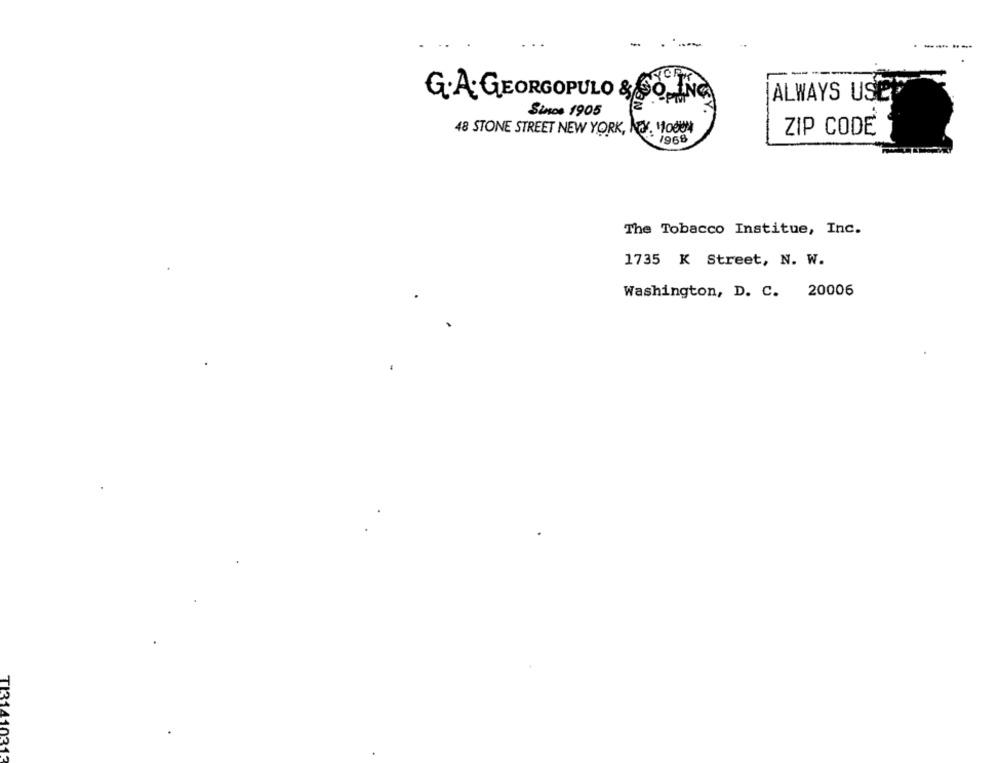
-
- -
-----
ALWAYS USE
G.A. GEORGOPULO & CO.
Since 1905
48 STONE STREET NEW YORK, NY. 110004
ZIP CODE
1968
The Tobacco Institue, Inc.
1735 K Street, N. W.
Washington, D. C. 20006
TI31410